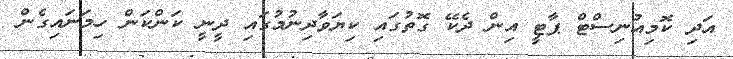
އަދި ކޮމިއުނިސްޓް ޕާޓީ އިން ދެކޭ ގޮތުގައި ކިޔަވާދިނުމުގައި ދީނީ ކަންކަން ހިމަނައިގެން